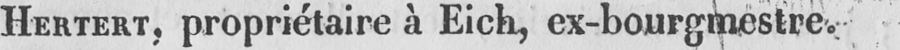
HERTERT, propriétaire à Eich, ex-bourgmestre.